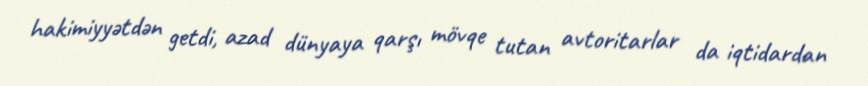
hakimiyyətdən getdi, azad dünyaya qarşı mövqe tutan avtoritarlar da iqtidardan